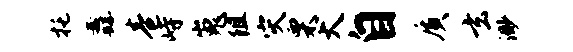
托纛卷峙嵬阻灾栗犬自质玄渺